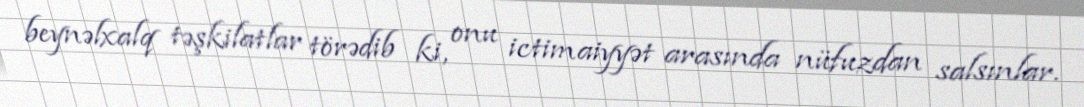
beynəlxalq təşkilatlar törədib ki, onu ictimaiyyət arasında nüfuzdan salsınlar.